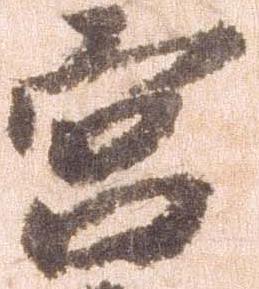
宮